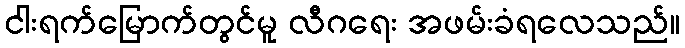
ငါးရက်မြောက်တွင်မူ လီဂရေး အဖမ်းခံရလေသည်။